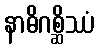
နာဓိဂစ္ဆိဿံ